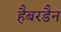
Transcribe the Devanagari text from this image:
हैबरडैन